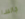
جالسا